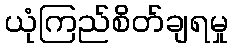
ယုံကြည်စိတ်ချရမှု